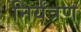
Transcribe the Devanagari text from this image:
निर्यंत्रण